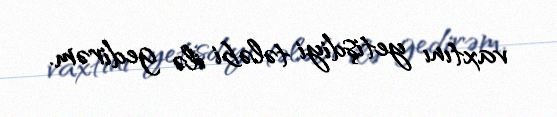
vaxtını yetişdiyi tələbi ilə gedirəm.